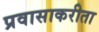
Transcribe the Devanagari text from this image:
प्रवासाकरीता